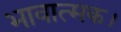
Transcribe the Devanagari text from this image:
भावात्मक।